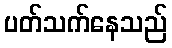
ပတ်သက်နေသည်